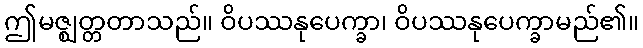
ဤမဇ္ဈတ္တတာသည်။ ဝိပဿနုပေက္ခာ၊ ဝိပဿနုပေက္ခာမည်၏။